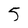
Character: 5